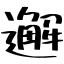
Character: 邂